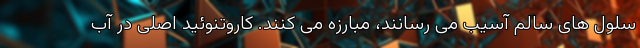
سلول های سالم آسیب می رسانند، مبارزه می کنند. کاروتنوئید اصلی در آب